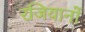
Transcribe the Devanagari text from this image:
रजियानों